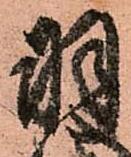
羽